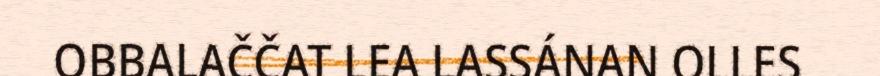
OBBALAČČAT LEA LASSÁNAN OLLES